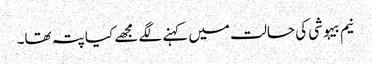
نیم بیہوشی کی حالت میں کہنے لگے مجھے کیا پتہ تھا۔